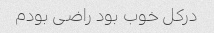
درکل خوب بود راضی بودم